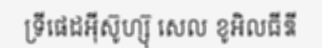
ទ្រីផេដអ៊ីស៊ូហ្ស៊ុ សេល ខូអិលធីឌី